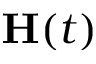
\mathbf H ( t )